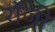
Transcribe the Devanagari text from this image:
राॅजी